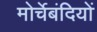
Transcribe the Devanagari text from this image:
मोर्चेबंदियों